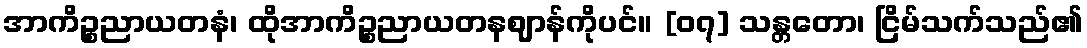
အာကိဉ္စညာယတနံ၊ ထိုအာကိဉ္စညာယတနဈာန်ကိုပင်။ [၀၇] သန္တတော၊ ငြိမ်သက်သည်၏